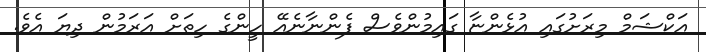
އަކްޝަމް މިރަށުގައި އުޅެންޏާ ގައިމުންވެސް ފެންނާނެއޭ ހީންގެ ހިތަށް އަރަމުން ދިޔަ އެވެ.